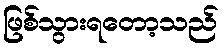
ဖြစ်သွားရတော့သည်